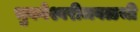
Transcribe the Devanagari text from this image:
भुवनेश्वरीजवळची